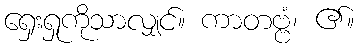
ရှေးရှုကိုသာလျှင်။ ကာတဗ္ဗံ၊ ၏။